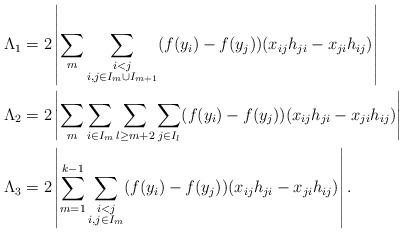
LaTeX: \begin{align*}\Lambda_1&=2\left| \sum_m\sum_{\substack{i<j \\ i,j\in I_m\cup I_{m+1}}}(f(y_i)-f(y_j)) (x_{ij}h_{ji}-x_{ji}h_{ij} )\right|\\\Lambda_2&=2\left|\sum_m\sum_{i\in I_m}\sum_{l\geq m+2}\sum_{j\in I_l}(f(y_i)-f(y_j)) (x_{ij}h_{ji}-x_{ji}h_{ij} )\right|\\\Lambda_3&=2 \left| \sum_{m=1}^{k-1}\sum_{\substack{i<j\\ i,j\in I_m}}(f(y_i)-f(y_j)) (x_{ij}h_{ji}-x_{ji}h_{ij} )\right|.\end{align*}